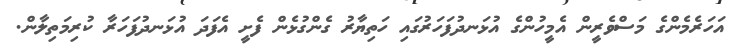
އަހަރެމެންގެ މަސްވެރީން އެމީހުންގެ އުޅަނދުފަހަރުގައި ހަތިޔާރު ގެންގުޅެން ފެށީ އެފަދަ އުޅަނދުފަހަރާ ކުރިމަތިލާން.